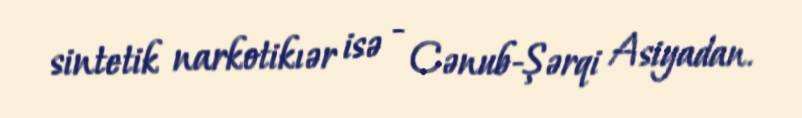
sintetik narkotikıər isə - Cənub-Şərqi Asiyadan.